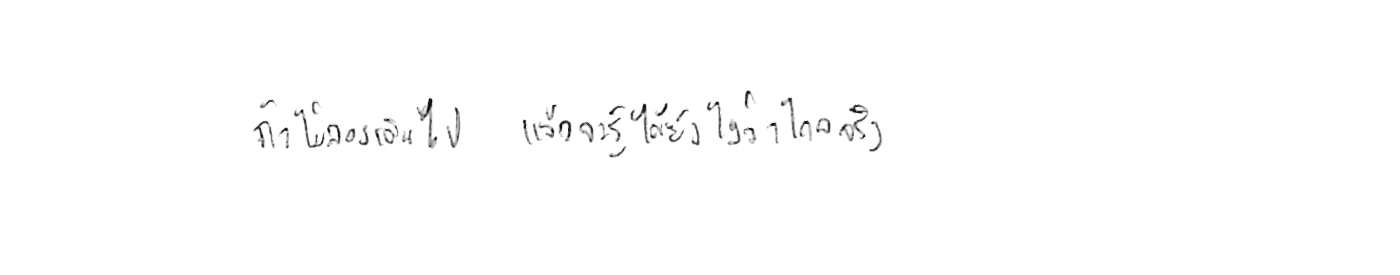
ถ้าไม่ลองเดินไป แล้วจะรู้ได้ยังไงว่าไกลจริง